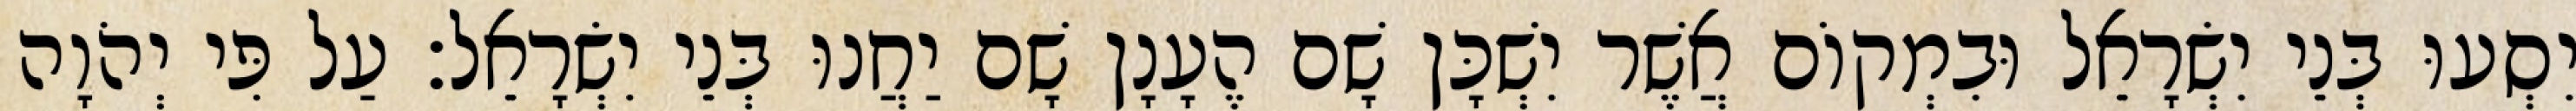
יִסְעוּ בְּנֵי יִשְׂרָאֵל וּבִמְקוֹם אֲשֶׁר יִשְׁכָּן שָׁם הֶעָנָן שָׁם יַחֲנוּ בְּנֵי יִשְׂרָאֵל׃ עַל פִּי יְהֹוָה